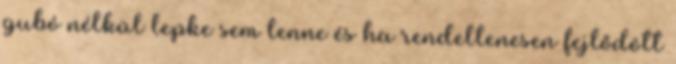
gubó nélkül lepke sem lenne és ha rendellenesen fejlődött